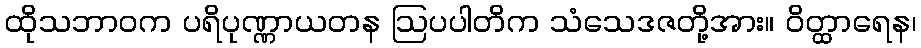
ထိုသဘာဝက ပရိပုဏ္ဏာယတန ဩပပါတိက သံသေဒဇတို့အား။ ဝိတ္ထာရေန၊